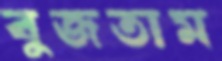
বুজতাম